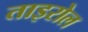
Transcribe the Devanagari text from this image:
ताइरोल